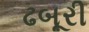
ઢબૂરી